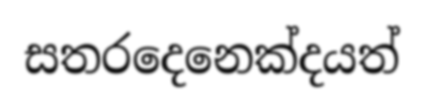
සතරදෙනෙක්දයත්